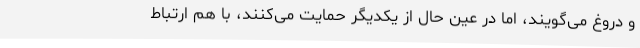
و دروغ می‌گویند، اما در عین حال از یکدیگر حمایت می‌کنند، با هم ارتباط